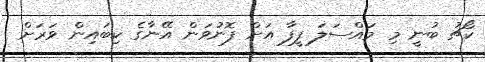
ކޯޗު ބުނީ މި މައްސަލަ ފީފާ އަށް ފޮނުވަން އޭނާގެ ކިބައިން ވަރަށް